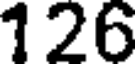
126